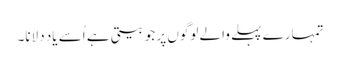
تمہارے پہلے والے لوگوں پر جو بیتی ہے اُسے یاد دلانا۔